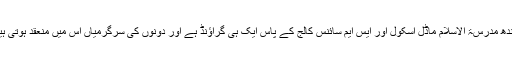
سندھ مدرسۃ الاسلام ماڈل اسکول اور ايس ايم سائنس کالج کے پاس ایک ہی گراؤنڈ ہے اور دونوں کی سرگرمیاں اس میں منعقد ہوتی ہیں۔